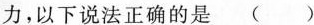
力，以下说法正确的是()